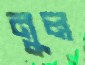
নুল